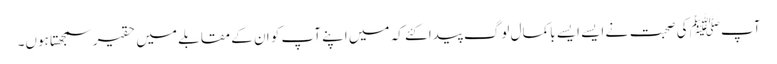
آپﷺ کی صحبت نے ایسے ایسے باکمال لوگ پیدا کئے کہ میں اپنے آپ کو ان کے مقابلے میں حقیر سمجھتا ہوں۔